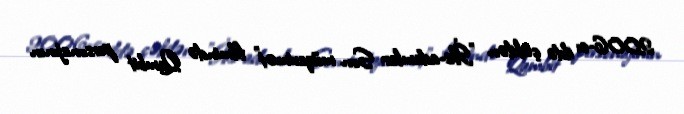
2006-cı ildə çəkilən "İks-adamlar: Son müqavimət" filmində Qambit personajının